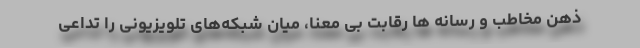
ذهن مخاطب و رسانه ها رقابت بی معنا، میان شبکه‌های تلویزیونی را تداعی